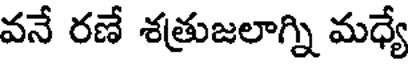
వనే రణే శత్రుజలాగ్ని మధ్యే